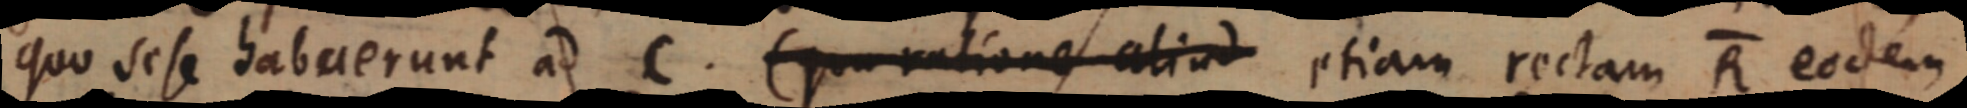
quo sese habaerunt ad C. (qu_ ratione aliud etiam rectam R eodem